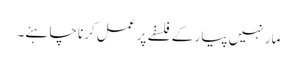
مار نہیں پیار کے فلسفے پر عمل کرنا چاہئے۔